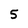
Character: 5